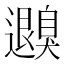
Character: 𦤮